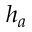
h _ { a }